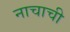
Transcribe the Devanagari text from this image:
नाचाची